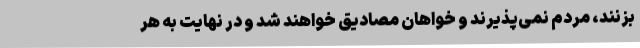
بزنند، مردم نمی‌پذیرند و خواهان مصادیق خواهند شد و در نهایت به هر